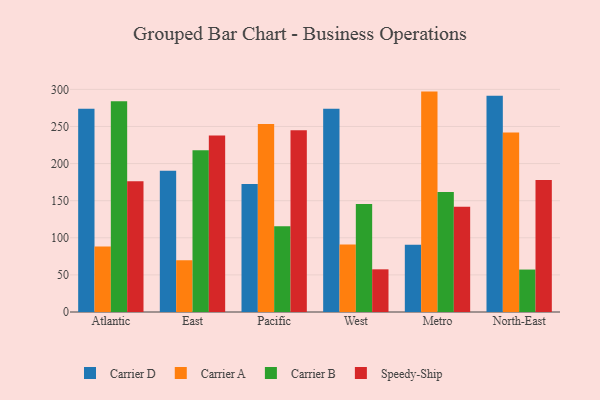
{"axis": {"x": "Region", "y": "Operating Costs (USD K)"}, "legend": ["Carrier A", "Carrier B", "Carrier D", "Speedy-Ship"], "data": [{"x": "Atlantic", "y": 274.0, "type": "Carrier D"}, {"x": "Atlantic", "y": 88.4, "type": "Carrier A"}, {"x": "Atlantic", "y": 284.0, "type": "Carrier B"}, {"x": "Atlantic", "y": 176.2, "type": "Speedy-Ship"}, {"x": "East", "y": 190.2, "type": "Carrier D"}, {"x": "East", "y": 69.6, "type": "Carrier A"}, {"x": "East", "y": 218.0, "type": "Carrier B"}, {"x": "East", "y": 238.0, "type": "Speedy-Ship"}, {"x": "Pacific", "y": 172.5, "type": "Carrier D"}, {"x": "Pacific", "y": 253.4, "type": "Carrier A"}, {"x": "Pacific", "y": 115.6, "type": "Carrier B"}, {"x": "Pacific", "y": 244.8, "type": "Speedy-Ship"}, {"x": "West", "y": 273.9, "type": "Carrier D"}, {"x": "West", "y": 90.8, "type": "Carrier A"}, {"x": "West", "y": 145.5, "type": "Carrier B"}, {"x": "West", "y": 57.5, "type": "Speedy-Ship"}, {"x": "Metro", "y": 90.5, "type": "Carrier D"}, {"x": "Metro", "y": 297.0, "type": "Carrier A"}, {"x": "Metro", "y": 161.6, "type": "Carrier B"}, {"x": "Metro", "y": 141.9, "type": "Speedy-Ship"}, {"x": "North-East", "y": 291.4, "type": "Carrier D"}, {"x": "North-East", "y": 242.0, "type": "Carrier A"}, {"x": "North-East", "y": 57.2, "type": "Carrier B"}, {"x": "North-East", "y": 178.0, "type": "Speedy-Ship"}]}